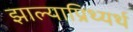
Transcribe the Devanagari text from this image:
झाल्याप्रिथ्यर्थ